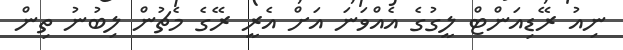
ނިއު ރޭޑިއަންޓް ލީގުގެ އެއްވަނަ އަށް އެރީ ރޭގެ މެޗުން ލިބުނު ތިން